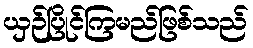
ယှဉ်ပြိုင်ကြမည်ဖြစ်သည်